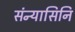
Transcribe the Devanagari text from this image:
संन्यासिनि